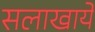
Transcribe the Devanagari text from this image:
सलाखायें